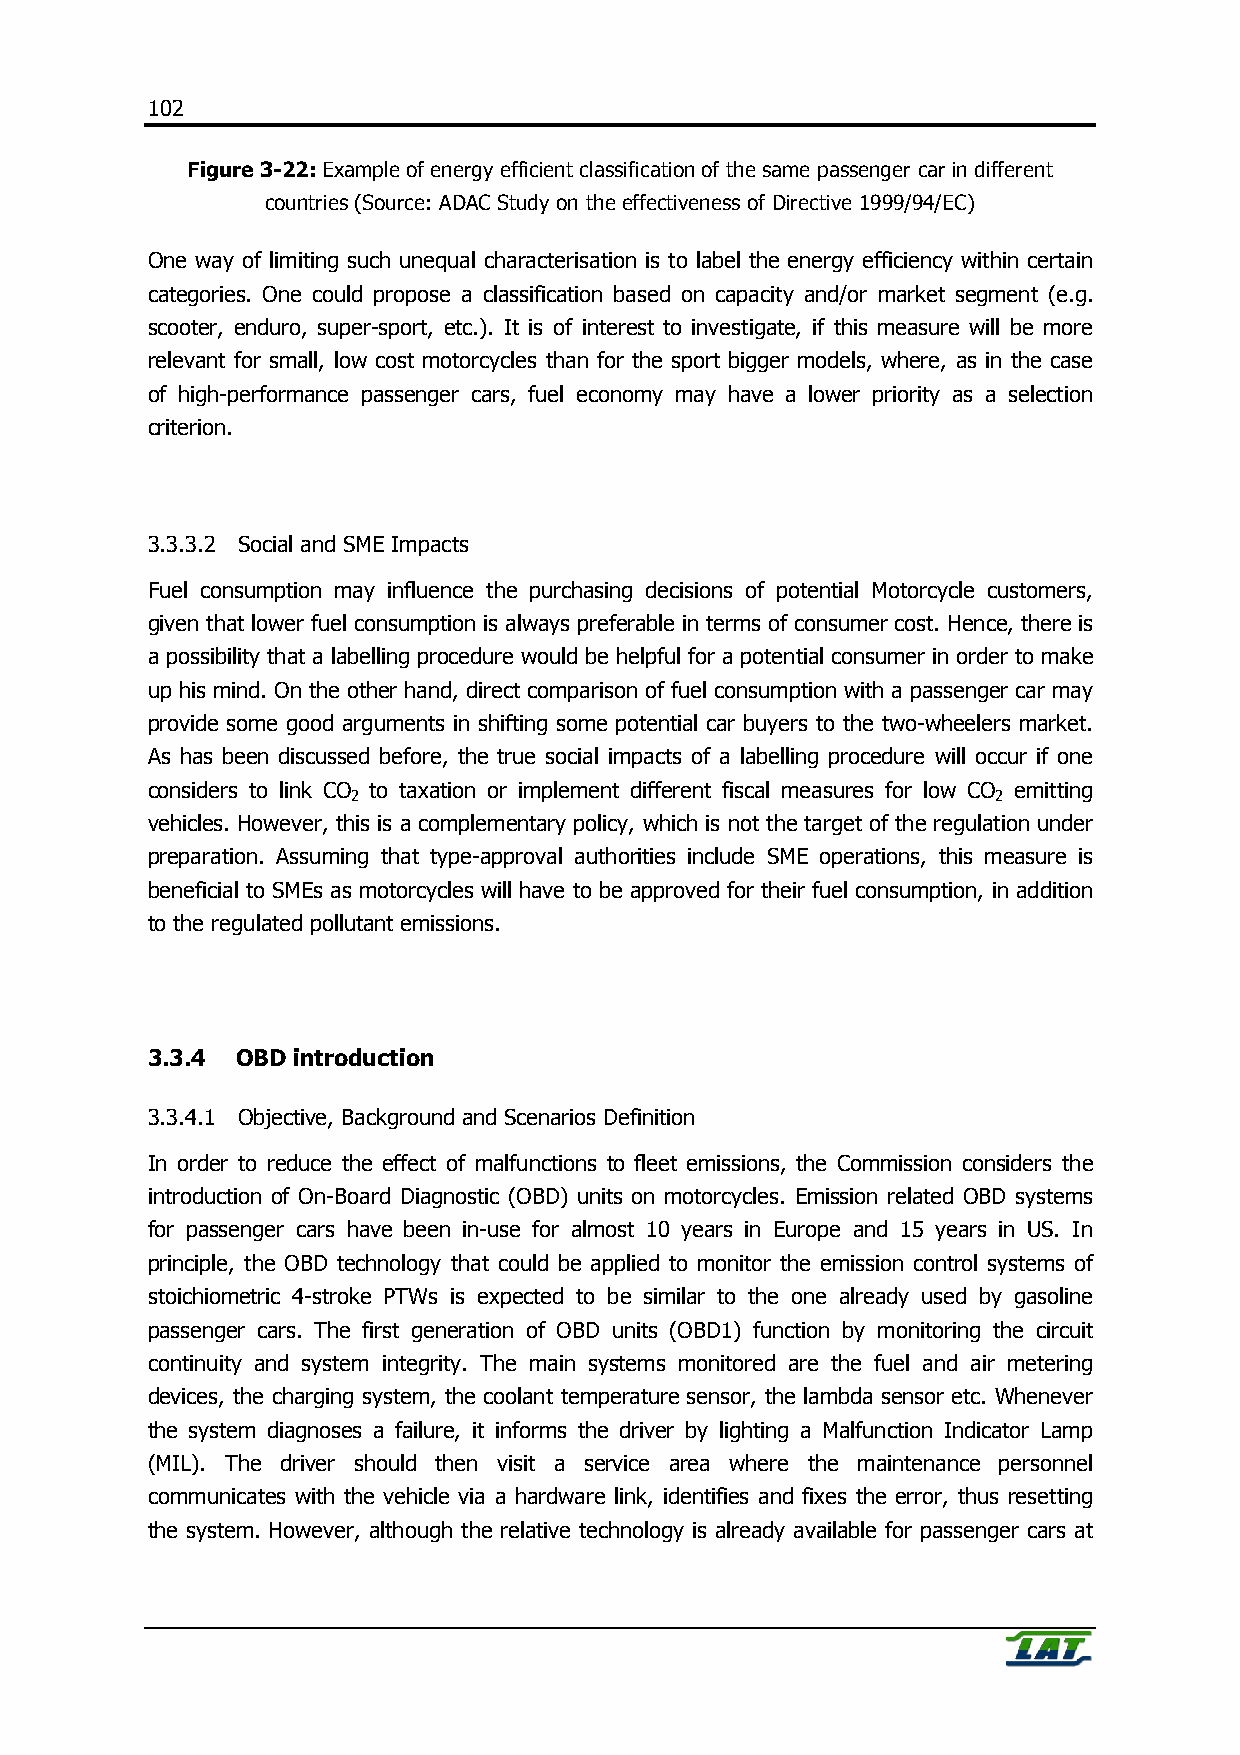
102
 Figure 3-22: Example of energy efficient classification of the same passenger car in different
 countries (Source: ADAC Study on the effectiveness of Directive 1999/94/EC)
 One way of limiting such unequal characterisation is to label the energy efficiency within certain
 categories. One could propose a classification based on capacity and/or market segment (e.g.
 scooter, enduro, super-sport, etc.). It is of interest to investigate, if this measure will be more
 relevant for small, low cost motorcycles than for the sport bigger models, where, as in the case
 of high-performance passenger cars, fuel economy may have a lower priority as a selection
 criterion.
 3.3.3.2 Social and SME Impacts
 Fuel consumption may influence the purchasing decisions of potential Motorcycle customers,
 given that lower fuel consumption is always preferable in terms of consumer cost. Hence, there is
 a possibility that a labelling procedure would be helpful for a potential consumer in order to make
 up his mind. On the other hand, direct comparison of fuel consumption with a passenger car may
 provide some good arguments in shifting some potential car buyers to the two-wheelers market.
 As has been discussed before, the true social impacts of a labelling procedure will occur if one
 considers to link CO to taxation or implement different fiscal measures for low CO emitting
 2                                          2
 vehicles. However, this is a complementary policy, which is not the target of the regulation under
 preparation. Assuming that type-approval authorities include SME operations, this measure is
 beneficial to SMEs as motorcycles will have to be approved for their fuel consumption, in addition
 to the regulated pollutant emissions.
 3.3.4 OBD introduction
 3.3.4.1 Objective, Background and Scenarios Definition
 In order to reduce the effect of malfunctions to fleet emissions, the Commission considers the
 introduction of On-Board Diagnostic (OBD) units on motorcycles. Emission related OBD systems
 for passenger cars have been in-use for almost 10 years in Europe and 15 years in US. In
 principle, the OBD technology that could be applied to monitor the emission control systems of
 stoichiometric 4-stroke PTWs is expected to be similar to the one already used by gasoline
 passenger cars. The first generation of OBD units (OBD1) function by monitoring the circuit
 continuity and system integrity. The main systems monitored are the fuel and air metering
 devices, the charging system, the coolant temperature sensor, the lambda sensor etc. Whenever
 the system diagnoses a failure, it informs the driver by lighting a Malfunction Indicator Lamp
 (MIL). The driver should then visit a service area where the maintenance personnel
 communicates with the vehicle via a hardware link, identifies and fixes the error, thus resetting
 the system. However, although the relative technology is already available for passenger cars at